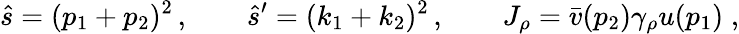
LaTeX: \hat{s}=(p_{1}+p_{2})^{2}\, ,\qquad\hat{s}^{\prime}=(k_{1}+k_{2})^{2}\, ,\qquad J_{\rho}=\bar{v}(p_{2})\gamma_{\rho}u(p_{1})\; ,